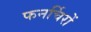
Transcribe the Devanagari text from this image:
फनर्चिरों